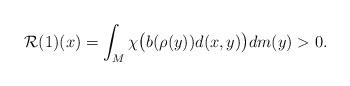
LaTeX: \begin{align*}{\mathcal{R}}(1)(x)=\int_{M}\chi\bigl(b(\rho(y))d(x,y)\bigr)dm(y)>0.\end{align*}